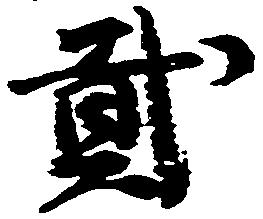
弐